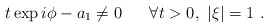
\begin{align*}t\exp i\phi - a_{1}\neq 0\hspace{7 mm}\forall t>0, \, \, |\xi|=1\,\,.\end{align*}